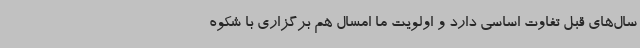
سال‌های قبل تفاوت اساسی دارد و اولویت ما امسال هم برگزاری با شکوه